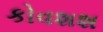
કોવશશ